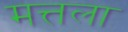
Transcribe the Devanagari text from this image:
मत्तला